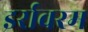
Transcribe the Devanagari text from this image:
इर्रावरम